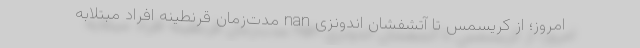
امروز؛ از کریسمس تا آتشفشان اندونزی nan مدت‌زمان قرنطینه افراد مبتلابه